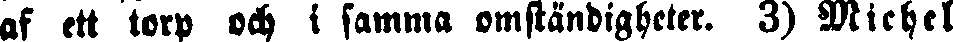
af ett torp och i samma omständigheter. 3) Michel